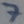
Text: 7